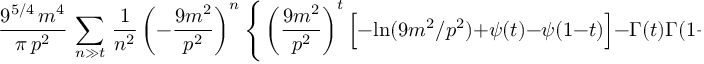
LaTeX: \frac { 9 ^ { 5 / 4 } \, m ^ { 4 } } { \pi \, p ^ { 2 } } \, \sum _ { n \gg t } \, \frac { 1 } { n ^ { 2 } } \left( - \frac { 9 m ^ { 2 } } { p ^ { 2 } } \right) ^ { n } \Bigg \{ \left( \frac { 9 m ^ { 2 } } { p ^ { 2 } } \right) ^ { t } \Big [ - \ln ( 9 m ^ { 2 } / p ^ { 2 } ) + \psi ( t ) - \psi ( 1 - t ) \Big ] - \Gamma ( t ) \Gamma ( 1 - t ) \Bigg \} .